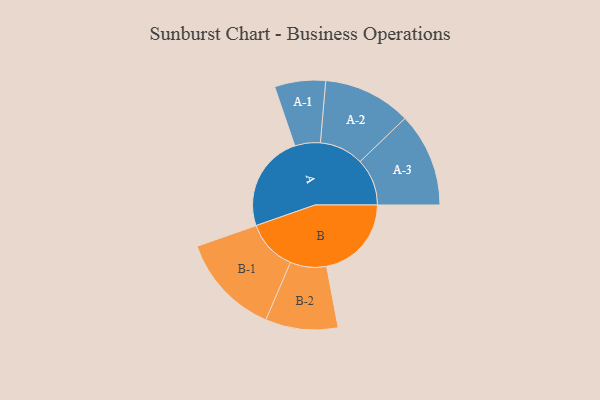
{"axis": {"x": "Segment", "y": "Value"}, "legend": ["", "A", "B"], "data": [{"x": "A", "y": 422, "type": ""}, {"x": "B", "y": 370, "type": ""}, {"x": "A-1", "y": 111, "type": "A"}, {"x": "A-2", "y": 192, "type": "A"}, {"x": "A-3", "y": 205, "type": "A"}, {"x": "B-1", "y": 222, "type": "B"}, {"x": "B-2", "y": 158, "type": "B"}]}